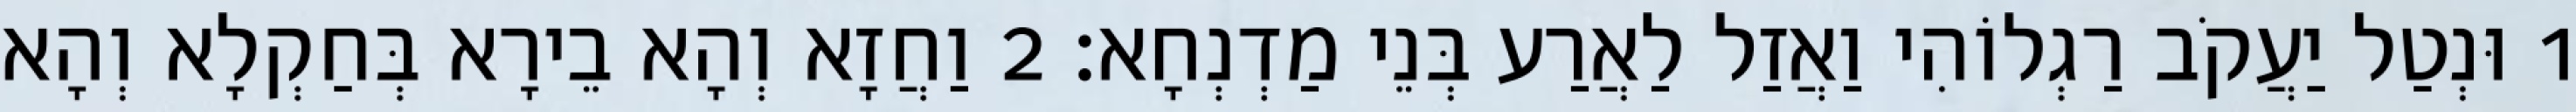
1 וּנְטַל יַעֲקֹב רַגְלוֹהִי וַאֲזַל לַאֲרַע בְּנֵי מַדְנְחָא׃ 2 וַחֲזָא וְהָא בֵירָא בְּחַקְלָא וְהָא